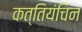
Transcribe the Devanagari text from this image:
कत्तियंचिन